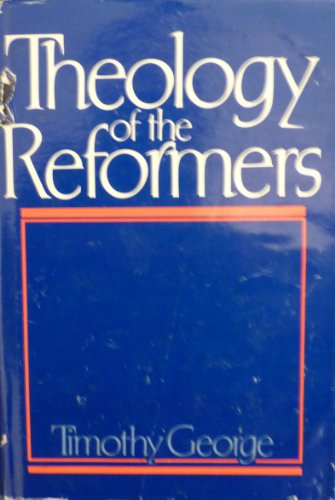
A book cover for Theology of the Reformers; Timothy George; Christian Books & Bibles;